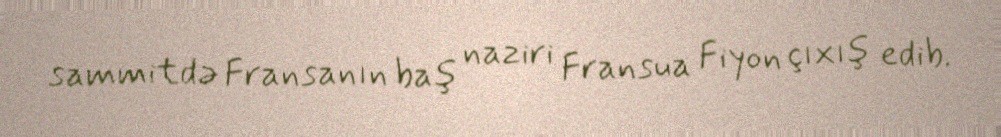
sammitdə Fransanın baş naziri Fransua Fiyon çıxış edib.